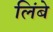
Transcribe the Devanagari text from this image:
लिंबे